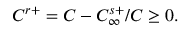
C ^ { r + } = C - C _ { \infty } ^ { s + } / C \geq 0 .